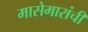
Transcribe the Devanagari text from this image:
मासेमारांची